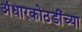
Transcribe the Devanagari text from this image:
अंधारकोठडींच्या